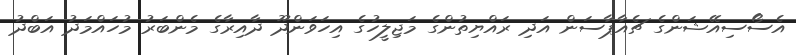
އެސޯސިއޭޝަންގެ ޗެއާޕާސަން އަދި ރައްޔިތުންގެ މަޖިލީހުގެ އިހަވަންދޫ ދާއިރާގެ މެންބަރު މުހައްމަދު އަބްދު